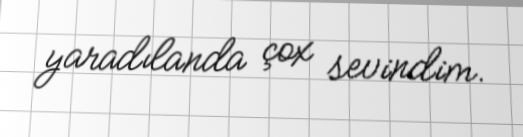
yaradılanda çox sevindim.